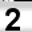
Digit: 2